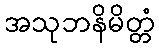
အသုဘနိမိတ္တံ